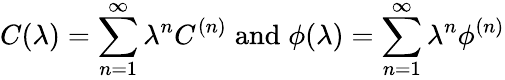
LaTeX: C(\lambda)=\sum_{n=1}^{\infty}\lambda^{n}C^{(n)}\; \mathrm{and}\; \phi(\lambda)=\sum_{n=1}^{\infty}\lambda^{n}\phi^{(n)}